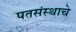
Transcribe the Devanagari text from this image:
पतसंस्थाचे